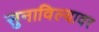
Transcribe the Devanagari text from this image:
सुनाविल्यावर